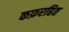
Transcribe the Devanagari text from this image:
कफ़रहित